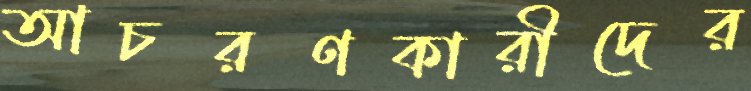
আচরণকারীদের